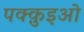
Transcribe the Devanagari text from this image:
पक्क़ुइओ